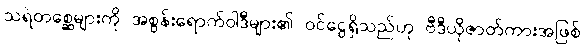
သရဲတစ္ဆေများကို အစွန်းရောက်ဝါဒီများ၏ ဝင်ငွေရှိသည်ဟု ဗီဒီယိုဇာတ်ကားအဖြစ်